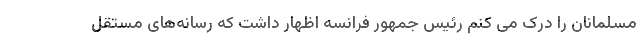
مسلمانان را درک می کنم رئیس جمهور فرانسه اظهار داشت که رسانه‌های مستقل